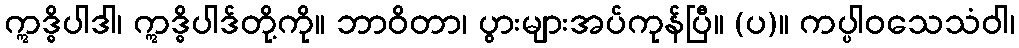
ဣဒ္ဓိပါဒါ၊ ဣဒ္ဓိပါဒ်တို့ကို။ ဘာဝိတာ၊ ပွားများအပ်ကုန်ပြီ။ (ပ)။ ကပ္ပါဝသေသံဝါ၊